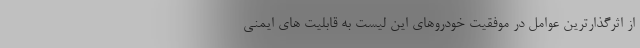
از اثرگذارترین عوامل در موفقیت خودروهای این لیست به قابلیت های ایمنی